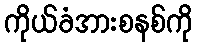
ကိုယ်ခံအားစနစ်ကို